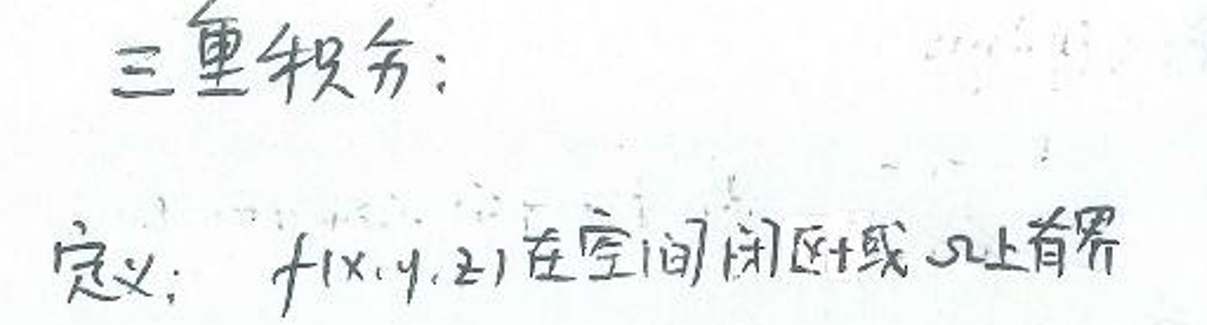
三重积分：

定义：\(f(x,y,z)\)在空间闭区域\(\Omega\)上有界